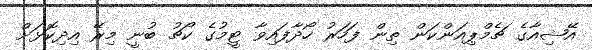
އޭޝިއާގެ ޗެމްޕިއަންކަން ތިން ފަހަރު ހޯދާފައިވާ ޓީމުގެ ކޯޗު ބުނީ މިރޭ އިދިކޮޅަށް